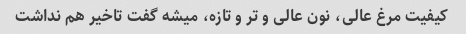
کیفیت مرغ عالی، نون عالی و تر و تازه، میشه گفت تاخیر هم نداشت